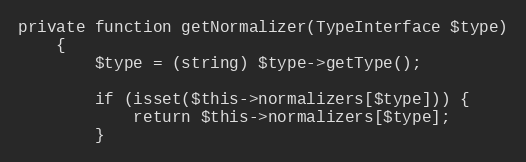
Language: PHP
private function getNormalizer(TypeInterface $type)
    {
        $type = (string) $type->getType();

        if (isset($this->normalizers[$type])) {
            return $this->normalizers[$type];
        }